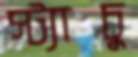
স্ট্যাচু